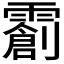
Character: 𬰌